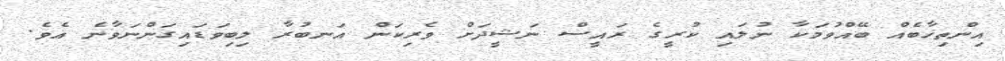
އިންތިޚާބެއް ބޭއްވުމަކާ ނުލައި ކުރީގެ ރައީސް ނަޝީދަށް ވެރިކަން އަނބުރާ ލިބިވަޑައިގަންނަވާނެ އެވެ.